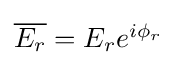
{\textstyle {\overline {E_{r}}}=E_{r}e^{i\phi _{r}}}